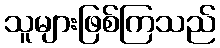
သူများဖြစ်ကြသည်